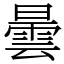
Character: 曇